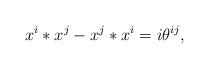
LaTeX: \begin{align*}x^i*x^j-x^j*x^i=i\theta^{ij},\end{align*}